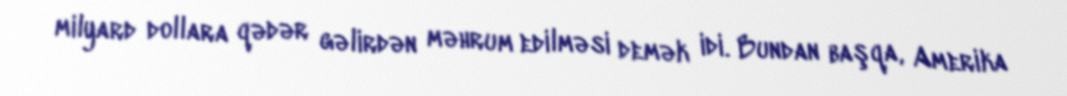
milyard dollara qədər gəlirdən məhrum edilməsi demək idi. Bundan başqa, Amerika